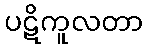
ပဋိကူလတာ